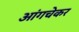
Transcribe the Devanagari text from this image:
आंगचेकर